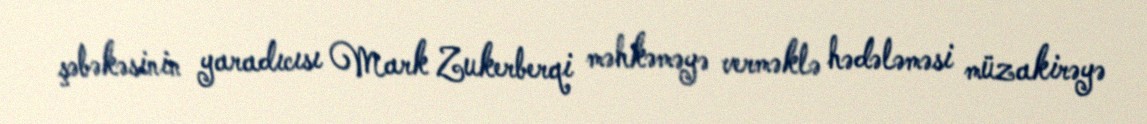
şəbəkəsinin yaradıcısı Mark Zukerberqi məhkəməyə verməklə hədələməsi müzakirəyə